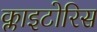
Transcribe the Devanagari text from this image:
क्लाइटोरिस